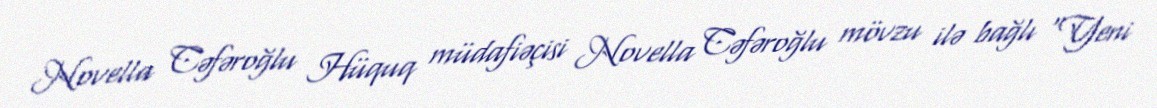
Novella Cəfəroğlu Hüquq müdafiəçisi Novella Cəfəroğlu mövzu ilə bağlı “Yeni